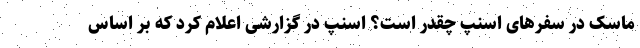
ماسک در سفرهای اسنپ چقدر است؟ اسنپ در گزارشی اعلام کرد که بر اساس